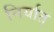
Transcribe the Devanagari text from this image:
निर्यात्‌